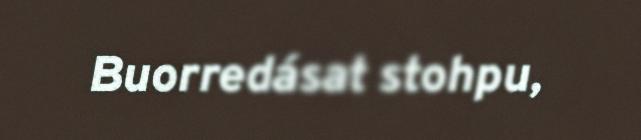
Buorredásat stohpu,